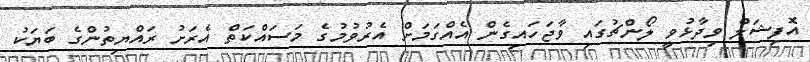
އޮފިޝަލް ވިދާޅުވީ ލޯންޗުގައި ވާޖަހައިގެން އެއްގަމަށް އެރުވުމުގެ މަސައްކަތް އެރަށު ރައްޔިތުންގެ ބަޔަކު